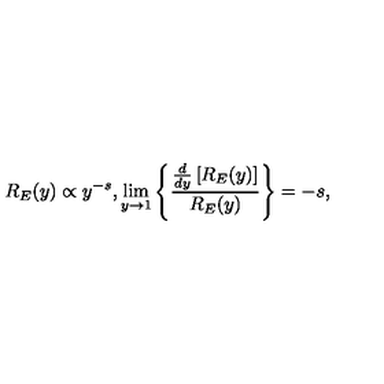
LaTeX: R _ { E } ( y ) \propto y ^ { - s } , \lim _ { y \rightarrow 1 } \left\{ \frac { \frac { d } { d y } \left[ R _ { E } ( y ) \right] } { R _ { E } ( y ) } \right\} = - s ,